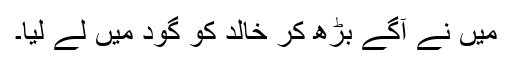
میں نے آگے بڑھ کر خالد کو گود میں لے لیا۔